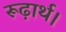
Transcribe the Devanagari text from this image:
रूढ़ार्थ।